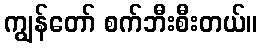
ကျွန်တော် စက်ဘီးစီးတယ်။